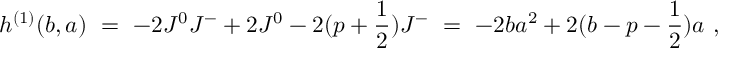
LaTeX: h ^ { ( 1 ) } ( b , a ) \ = \ - 2 J ^ { 0 } J ^ { - } + 2 J ^ { 0 } - 2 ( p + \frac { 1 } { 2 } ) J ^ { - } \ = \ - 2 b a ^ { 2 } + 2 ( b - p - \frac { 1 } { 2 } ) a \ ,